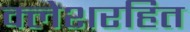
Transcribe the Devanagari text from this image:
क्लेशरहित